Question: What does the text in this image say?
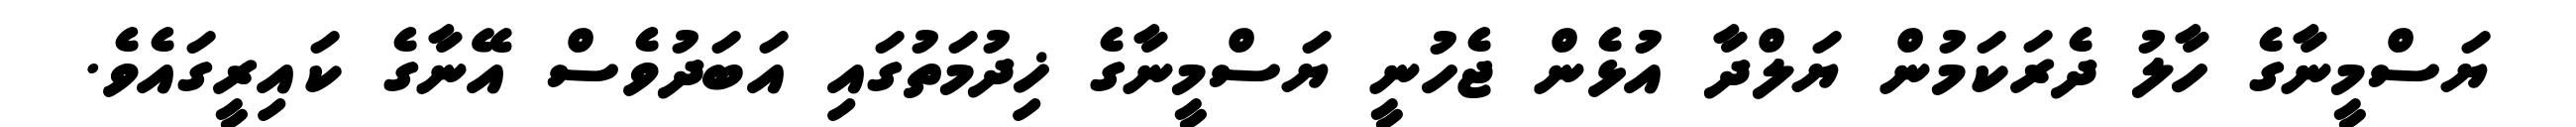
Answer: ޔަސްމީނާގެ ހާލު ދެރަކަމުން ޔަލްދާ އުޅެން ޖެހުނީ ޔަސްމީނާގެ ޚިދުމަތުގައި އަބަދުވެސް އޭނާގެ ކައިރީގައެވެ.